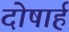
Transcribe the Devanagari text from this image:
दोषार्ह